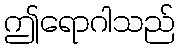
ဤရောဂါသည်